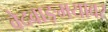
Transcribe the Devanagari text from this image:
वेदवाङ्मयावर